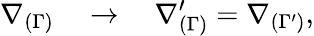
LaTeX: \nabla_{(\Gamma)}\quad\rightarrow\quad\nabla_{(\Gamma)}^{\prime}=\nabla_{(\Gamma^{\prime})},